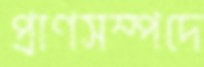
প্রাণসম্পদে